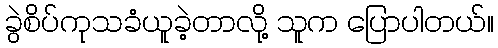
ခွဲစိပ်ကုသခံယူခဲ့တာလို့ သူက ပြောပါတယ်။